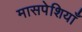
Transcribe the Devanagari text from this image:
मासपेशियाँ